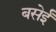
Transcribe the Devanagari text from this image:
बसेईं